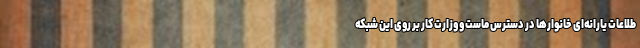
طلاعات یارانه‌ای خانوار‌ها در دسترس ماست و وزارت کار بر روی این شبکه